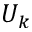
U _ { k }